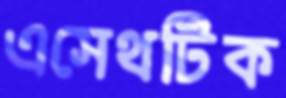
এসেথটিক